Problem: 15 + 78 = ?
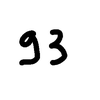
Handwritten answer: 93